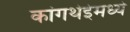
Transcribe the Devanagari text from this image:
कांगथेईमध्ये